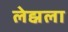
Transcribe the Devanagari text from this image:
लेह्नला